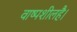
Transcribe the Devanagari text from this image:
वाष्पशीलहै।